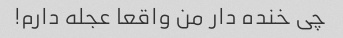
چی خنده دار من واقعا عجله دارم!